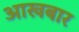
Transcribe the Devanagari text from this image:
आखबार